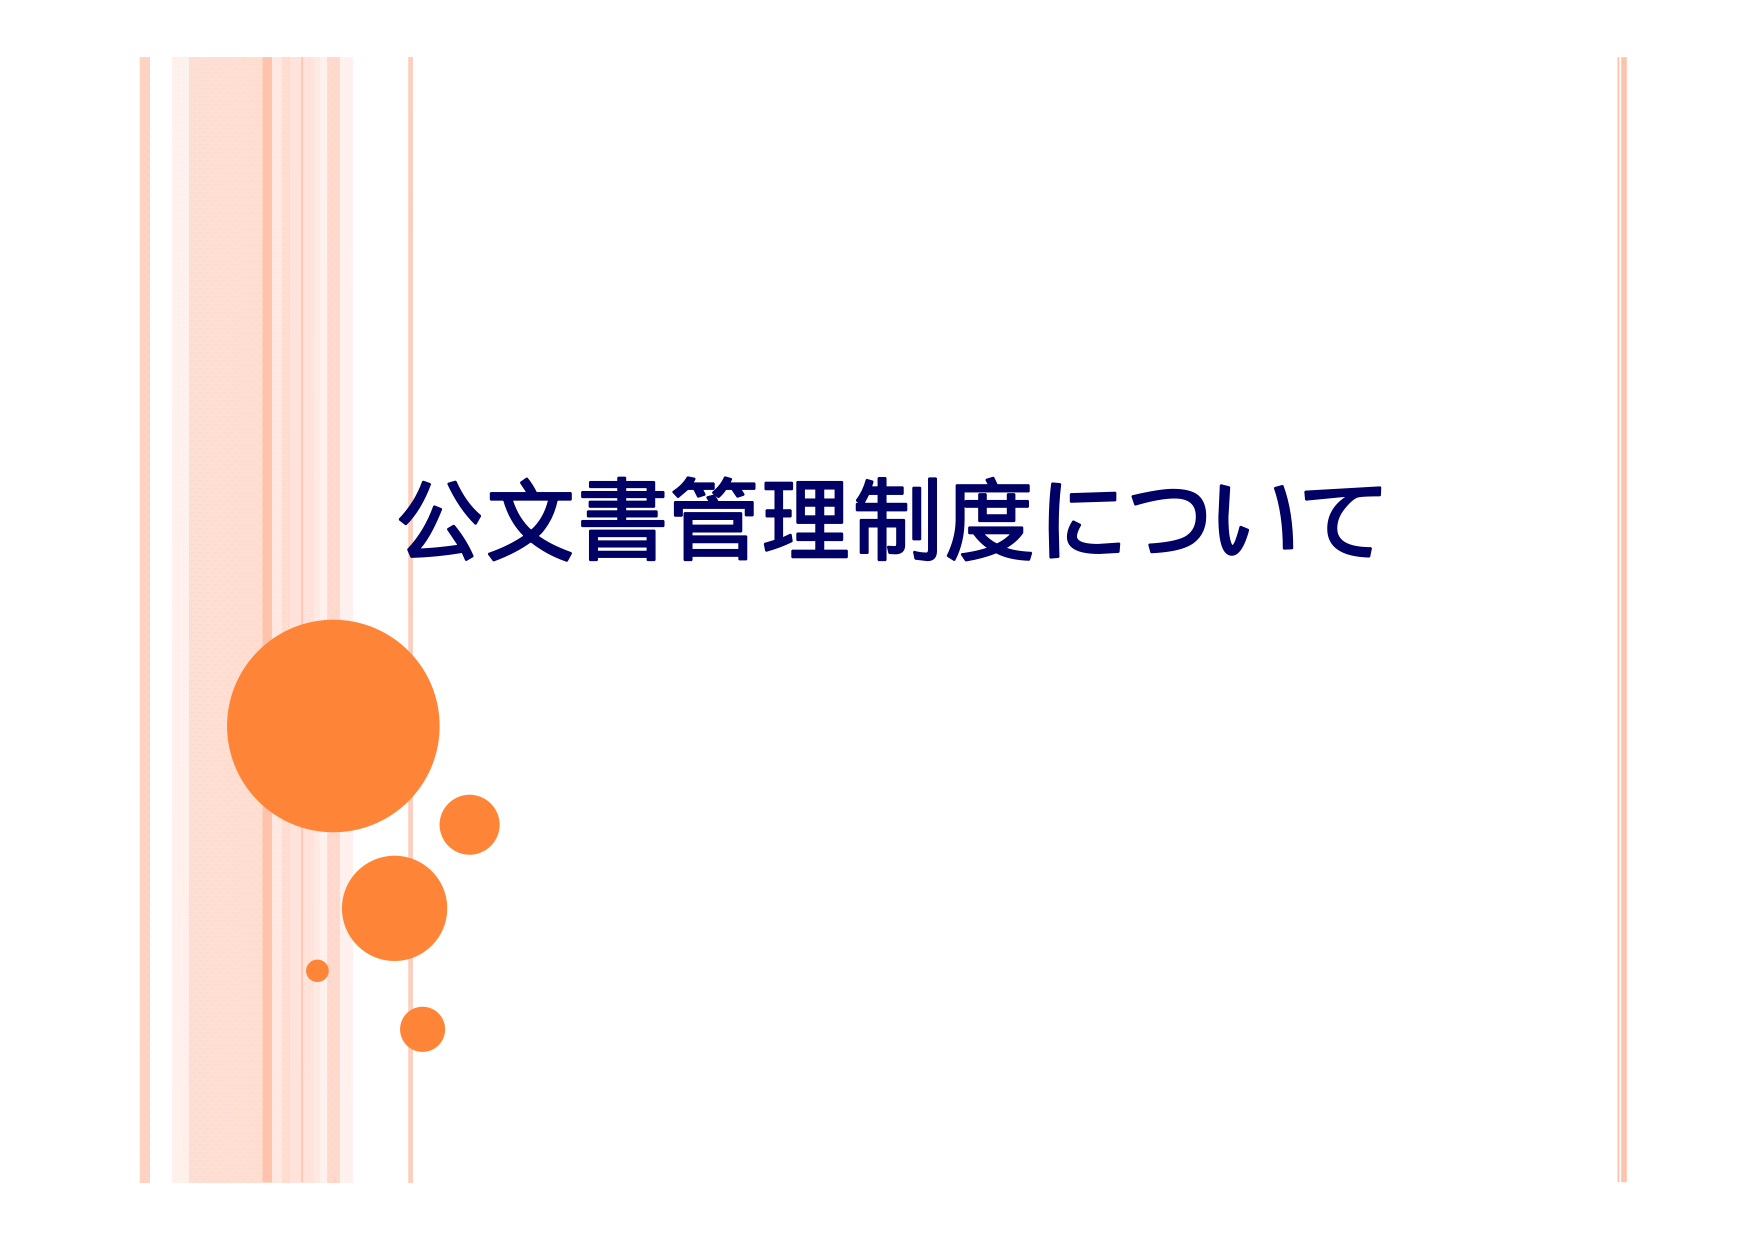
公文書管理制度について